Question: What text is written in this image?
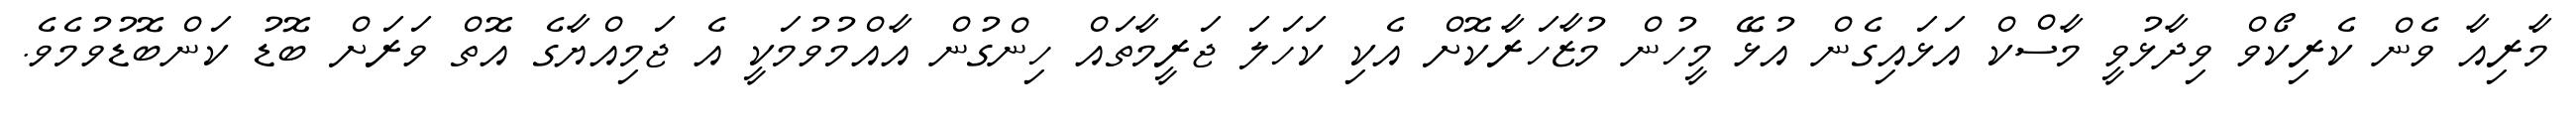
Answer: މާރިއާ ވެން ކެރިކޯވް ވިދާޅުވީ މާސްކް އަޅައިގެން އުޅޭ މީހުން މުޒާހަރާކޮށް އެކި ކަހަލަ ޖަރީމާތައް ހިންގުން އާއްމުވުމަކީ އެ ޖަމިއްޔާގެ އޮތް ވަރަށް ބޮޑު ކަންބޮޑުވުމެވެ.